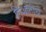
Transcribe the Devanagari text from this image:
लिओनीचे